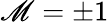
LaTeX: \mathscr{M}=\pm1